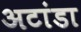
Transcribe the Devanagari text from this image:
अटांडा